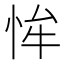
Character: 恈